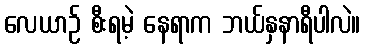
လေယာဉ် စီးရမဲ့ နေရာက ဘယ်နှနာရီပါလဲ။